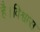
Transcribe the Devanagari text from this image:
है।विश्वास